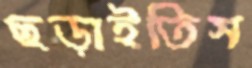
ছড়াইতিস